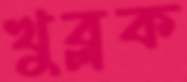
খুব্‌লক